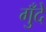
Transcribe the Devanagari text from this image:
गुँदे